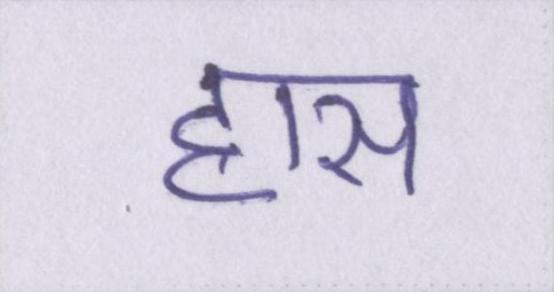
ह्रास